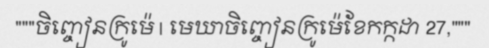
"""ចិញ្ចៀនក្រូម៉េ | មេឃាចិញ្ចៀនក្រូម៉េខែកក្កដា 27,"""